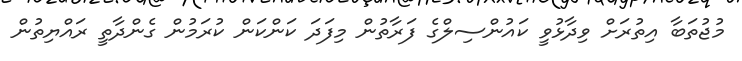
މުޖުތަބާ އިތުރަށް ވިދާޅުވީ ކައުންސިލްގެ ފަރާތުން މިފަދަ ކަންކަން ކުރަމުން ގެންދާތީ ރައްޔިތުން